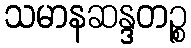
သမာနဆန္ဒတဉ္စ